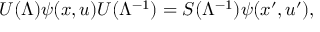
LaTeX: U ( \Lambda ) \psi ( x , u ) U ( \Lambda ^ { - 1 } ) = S ( \Lambda ^ { - 1 } ) \psi ( x ^ { \prime } , u ^ { \prime } ) ,